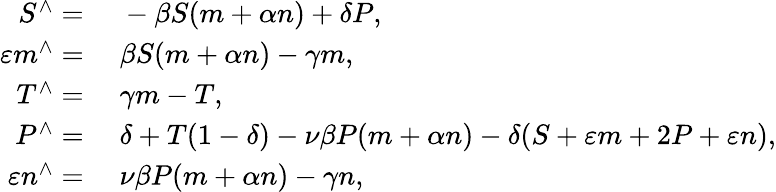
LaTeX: \begin{array}{rl}{S^{\wedge}=}&{{}\; -\beta S(m+\alpha n)+\delta P,}\\ {\varepsilon m^{\wedge}=}&{{}\; \beta S(m+\alpha n)-\gamma m,}\\ {T^{\wedge}=}&{{}\; \gamma m-T,}\\ {P^{\wedge}=}&{{}\; \delta+T(1-\delta)-\nu\beta P(m+\alpha n)-\delta(S+\varepsilon m+2P+\varepsilon n),}\\ {\varepsilon n^{\wedge}=}&{{}\; \nu\beta P(m+\alpha n)-\gamma n,}\end{array}